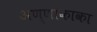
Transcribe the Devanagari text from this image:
अण्णाकाका